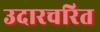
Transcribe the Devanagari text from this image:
उदारचरित